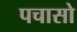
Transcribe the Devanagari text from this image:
पचासो